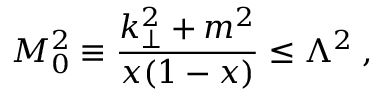
M _ { 0 } ^ { 2 } \equiv \frac { k _ { \perp } ^ { 2 } + m ^ { 2 } } { x ( 1 - x ) } \le \Lambda ^ { 2 } \; ,